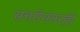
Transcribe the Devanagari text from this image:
सत्तरीनंतरही